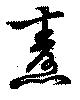
燾